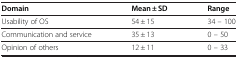
<table><thead><tr><td><b>Domain</b></td><td><b>Mean ± SD</b></td><td><b>Range</b></td></tr></thead><tbody><tr><td>Usability of OS</td><td>54 ± 15</td><td>34 – 100</td></tr><tr><td>Communication and service</td><td>35 ± 13</td><td>0 – 50</td></tr><tr><td>Opinion of others</td><td>12 ± 11</td><td>0 – 33</td></tr></tbody></table>